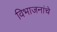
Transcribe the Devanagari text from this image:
विभाजनांचे